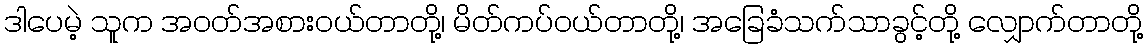
ဒါပေမဲ့ သူက အဝတ်အစားဝယ်တာတို့၊ မိတ်ကပ်ဝယ်တာတို့၊ အခြေခံသက်သာခွင့်တို့ လျှောက်တာတို့